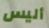
أليس